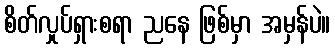
စိတ်လှုပ်ရှားစရာ ညနေ ဖြစ်မှာ အမှန်ပဲ။